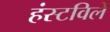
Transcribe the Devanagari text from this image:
हंस्टविले